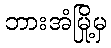
ဘားအံမြို့မှ